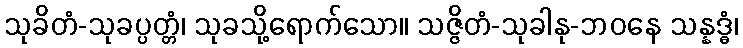
သုခိတံ-သုခပ္ပတ္တံ၊ သုခသို့ရောက်သော။ သဇ္ဇိတံ-သုခါနု-ဘဝနေ သန္နဒ္ဓံ၊